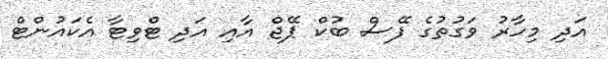
އަދި މިހާރު ވަގުތުގެ ފޭސް ބުކް ޕޭޖް އާއި އަދި ޓްވިޓާ އެކައުންޓް